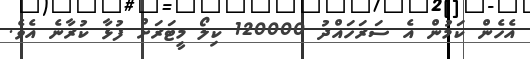
އެހެން ކަމުން އެ ސަރަހައްދު 120000 ކިލޯ މީޓަރަށް ފުޅާ ކުރާނެ އެވެ.